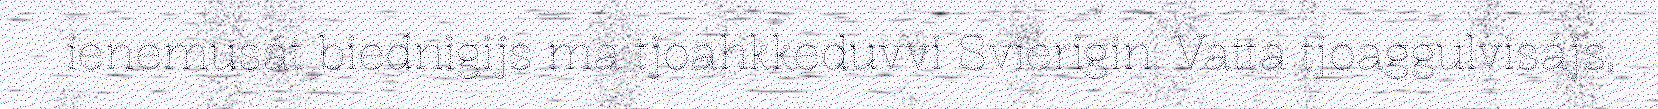
ienemusát biednigijs ma tjoahkkeduvvi Svierigin. Vatta tjoaggulvisájs,